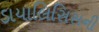
ડાયાલિસિસની